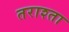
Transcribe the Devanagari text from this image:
तराश्ता